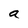
Character: a